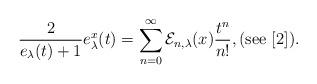
LaTeX: \begin{align*}\frac{2}{e_{\lambda}(t)+1}e_{\lambda}^{x}(t)=\sum_{n=0}^{\infty}\mathcal{E}_{n,\lambda}(x)\frac{t^{n}}{n!},(\mathrm{see}\ [2]). \end{align*}